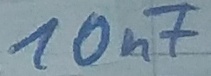
Text: 10nF